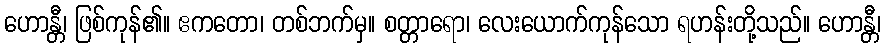
ဟောန္တီ၊ ဖြစ်ကုန်၏။ ဧကတော၊ တစ်ဘက်မှ။ စတ္တာရော၊ လေးယောက်ကုန်သော ရဟန်းတို့သည်။ ဟောန္တီ၊